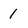
Character: 1